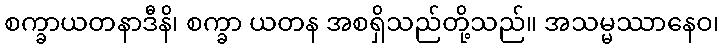
စက္ခာယတနာဒီနိ၊ စက္ခာ ယတန အစရှိသည်တို့သည်။ အသမ္မဿာနေဝ၊